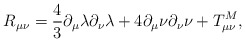
\begin{align*}R_{\mu\nu} = \frac{4}{3} \partial_{\mu}\lambda \partial_{\nu}\lambda+ 4 \partial_{\mu} \nu \partial_{\nu} \nu + T^{M}_{\mu\nu},\end{align*}